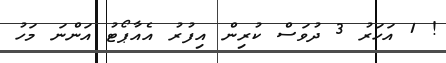
! 1 އަހަރު 3 ދުވަސް ކުރިން އިފުރު އެއާޕޯޓު އަންނަ މަހު